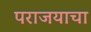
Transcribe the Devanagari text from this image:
पराजयाचा